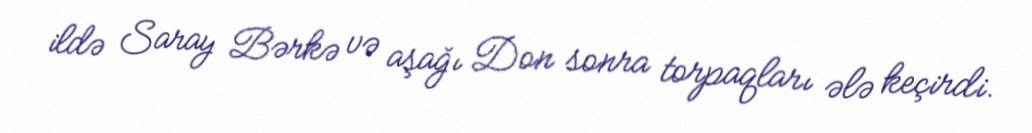
ildə Saray Bərkə və aşağı Don sonra torpaqları ələ keçirdi.